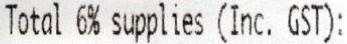
TOTAL 6% SUPPLIES (INC. GST):